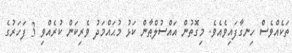
ތަކެއްވެސް ހިނގާފައިވެއެވެ. މިގޮތުން އައްސުލްޠާން ކަޅު މުޙައްމަދު ވެރިކަން ކުރެއްވި 3 ފަހަރުގެ